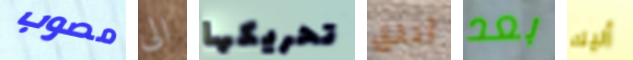
مصوب الى تحريكها أتثق بعد أليك